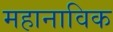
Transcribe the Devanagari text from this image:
महानाविक